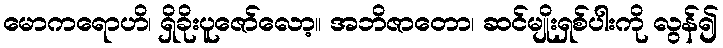
မောကရောဟိ၊ ရှိခိုးပူဇော်လော့။ အဘိဇာတော၊ ဆင်မျိုးရှစ်ပါးကို လွန်၍